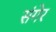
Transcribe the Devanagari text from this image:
संगेर